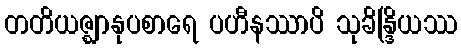
တတိယဇ္ဈာနုပစာရေ ပဟီနဿာပိ သုခိန္ဒြိယဿ